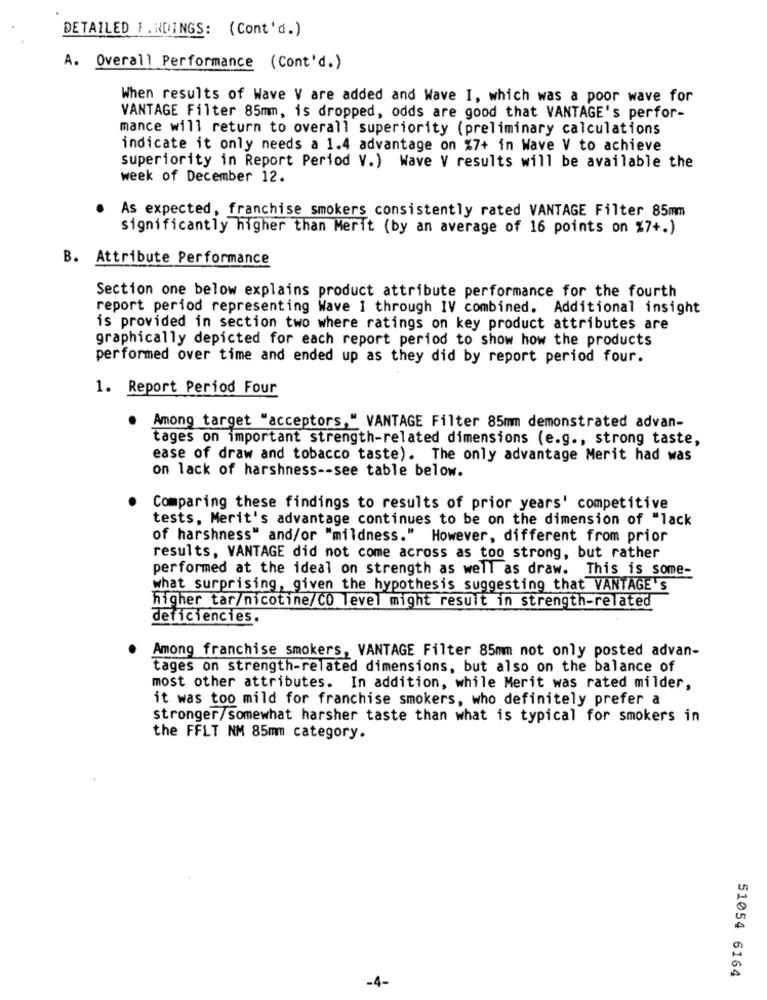
DETAILED F. NDINGS: (Cont'd.)
A. Overall Performance (Cont'd.)
When results of Wave V are added and Wave I, which was a poor wave for
VANTAGE Filter 85mm, is dropped, odds are good that VANTAGE's perfor-
mance will return to overall superiority (preliminary calculations
indicate it only needs a 1.4 advantage on %7+ in Wave V to achieve
superiority in Report Period V.) Wave V results will be available the
week of December 12.
As expected, franchise smokers consistently rated VANTAGE Filter 85mm
significantly higher than Merit (by an average of 16 points on %7+.)
B. Attribute Performance
Section one below explains product attribute performance for the fourth
report period representing Wave I through IV combined. Additional insight
is provided in section two where ratings on key product attributes are
graphically depicted for each report period to show how the products
performed over time and ended up as they did by report period four.
1. Report Period Four
Among target "acceptors," VANTAGE Filter 85mm demonstrated advan-
tages on important strength-related dimensions (e.g ., strong taste,
ease of draw and tobacco taste). The only advantage Merit had was
on lack of harshness -- see table below.
Comparing these findings to results of prior years' competitive
tests, Merit's advantage continues to be on the dimension of "lack
of harshness" and/or "mildness." However, different from prior
results, VANTAGE did not come across as too strong, but rather
performed at the ideal on strength as well as draw. This is some-
what surprising, given the hypothesis suggesting that VANTAGE's
higher tar/nicotine/CO level might result in strength-related
deficiencies.
Among franchise smokers, VANTAGE Filter 85mm not only posted advan-
tages on strength-related dimensions, but also on the balance of
most other attributes. In addition, while Merit was rated milder,
it was too mild for franchise smokers, who definitely prefer a
stronger/somewhat harsher taste than what is typical for smokers in
the FFLT NM 85mm category.
51054 6164
-4-